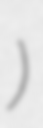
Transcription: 壁虎漫步)